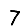
Digit: 7